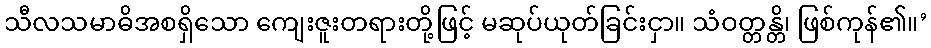
သီလသမာဓိအစရှိသော ကျေးဇူးတရားတို့ဖြင့် မဆုပ်ယုတ်ခြင်းငှာ။ သံဝတ္တန္တိ၊ ဖြစ်ကုန်၏။’